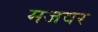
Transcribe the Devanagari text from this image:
मजवर